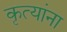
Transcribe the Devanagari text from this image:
कृत्यांना